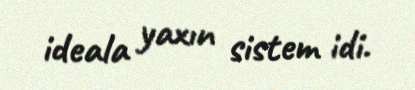
ideala yaxın sistem idi.